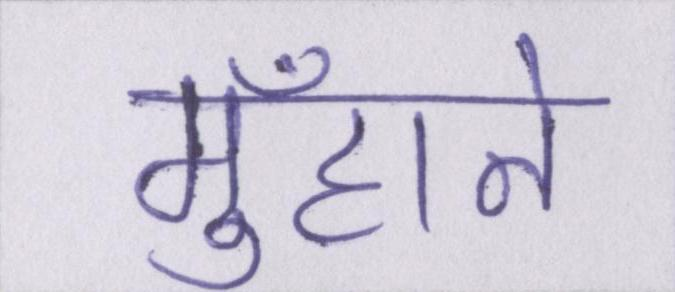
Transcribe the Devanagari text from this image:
मुँहाने